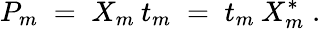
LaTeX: P_{m}\; =\; X_{m}\: t_{m}\; =\; t_{m}\: X_{m}^{*}\; .